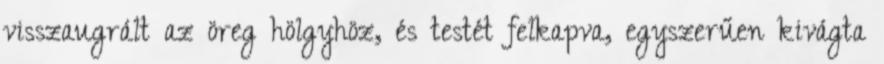
visszaugrált az öreg hölgyhöz, és testét felkapva, egyszerűen kivágta